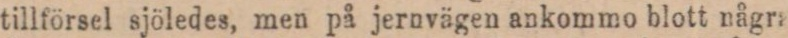
tillförsel sjöledes, men på jernvägen ankommo blott några